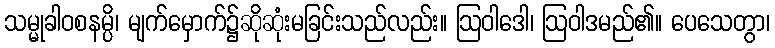
သမ္မုခါဝစနမ္ပိ၊ မျက်မှောက်၌ဆိုဆုံးမခြင်းသည်လည်း။ ဩဝါဒေါ၊ ဩဝါဒမည်၏။ ပေသေတွာ၊